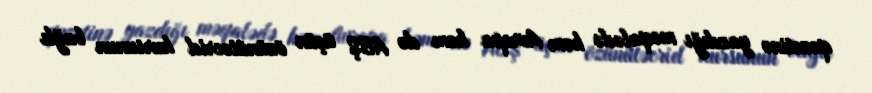
qəzetinə yazdığı məqalədə həm Avropa həm də ABŞ üçün özünütəcrid kursunun bağlı